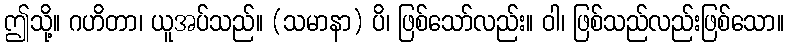
ဤသို့။ ဂဟိတာ၊ ယူအပ်သည်။ (သမာနာ) ပိ၊ ဖြစ်သော်လည်း။ ဝါ၊ ဖြစ်သည်လည်းဖြစ်သော။